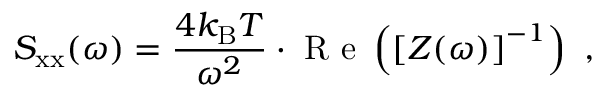
S _ { \mathrm { x x } } ( \omega ) = \frac { 4 k _ { \mathrm { B } } T } { { \omega } ^ { 2 } } \cdot \mathrm { ~ R ~ e ~ } \left( \left[ Z ( \omega ) \right] ^ { - 1 } \right) ~ ,